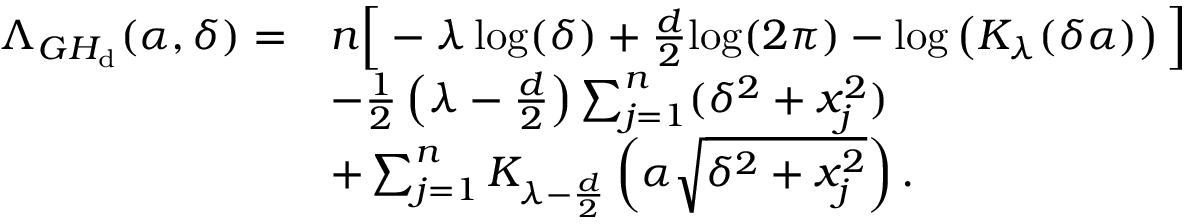
\begin{array} { r l } { \Lambda _ { \cal G H _ { \mathrm { d } } } ( \alpha , \delta ) = } & { n \Big [ - \lambda \log ( \delta ) + \frac { d } { 2 } \mathrm { l o g } ( 2 \pi ) - \log \left( K _ { \lambda } ( \delta \alpha ) \right) \Big ] } \\ & { - \frac { 1 } { 2 } \left( \lambda - \frac { d } { 2 } \right) \sum _ { j = 1 } ^ { n } ( \delta ^ { 2 } + x _ { j } ^ { 2 } ) } \\ & { + \sum _ { j = 1 } ^ { n } K _ { \lambda - \frac { d } { 2 } } \left( \alpha \sqrt { \delta ^ { 2 } + x _ { j } ^ { 2 } } \right) . } \end{array}